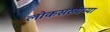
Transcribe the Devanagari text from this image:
लोकसंख्‍येच्‍या